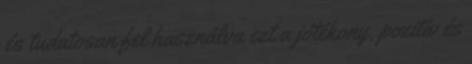
és tudatosan fel használva ezt a jótékony, pozitív és